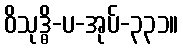
ဝိသုဒ္ဓိ-ပ-အုပ်-၃၃၁။